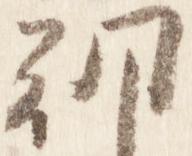
朝